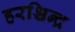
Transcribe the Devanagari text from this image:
हरश्चिन्द्र